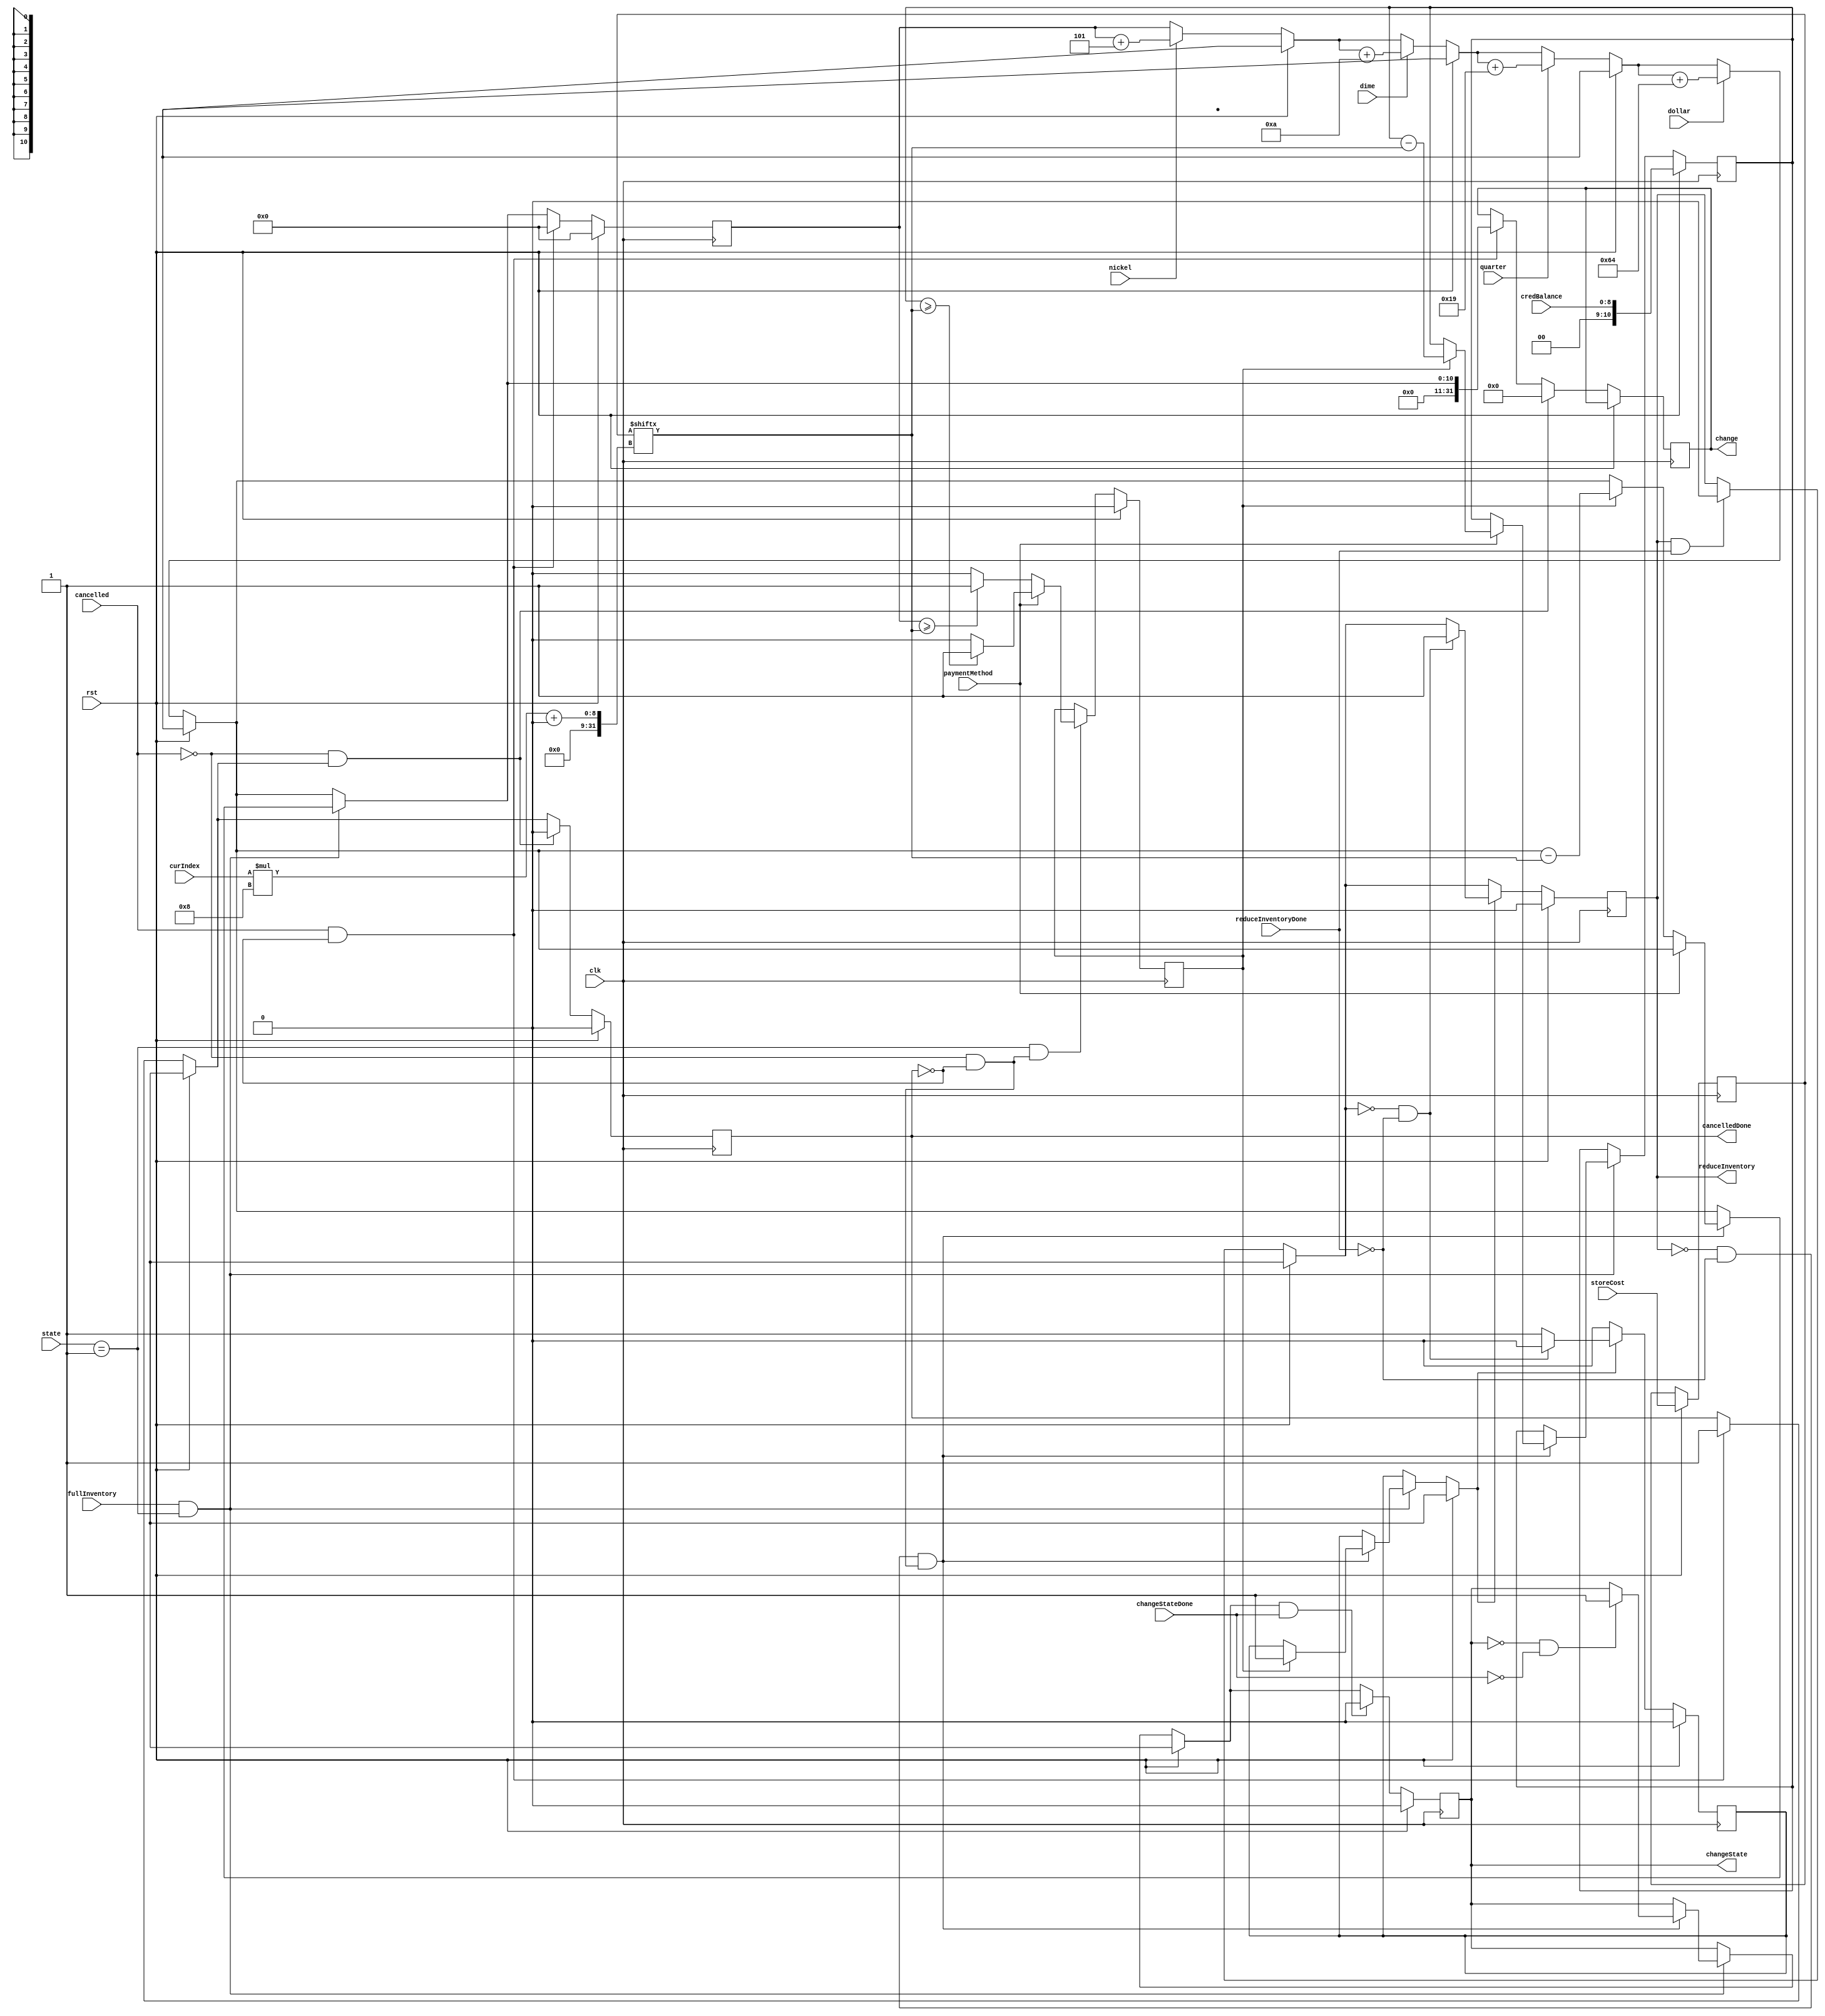
module addMoney(clk, rst, state, cancelled, paymentMethod, storeCost, curIndex, credBalance, dollar, quarter, dime, nickel, reduceInventoryDone, changeStateDone, fullInventory, reduceInventory, change, cancelledDone, changeState);

input clk;
input rst;
input [1:0] state;
input cancelled;
input paymentMethod;
input [63:0] storeCost;
input [3:0] curIndex;
input [8:0] credBalance;
input dollar, quarter, dime, nickel;
input reduceInventoryDone;

input changeStateDone;
input fullInventory;

output reg reduceInventory;
output reg [31:0] change;
output reg cancelledDone;

output reg changeState;

reg [10:0] newBalance;
reg [10:0] newCredit;
reg enoughMoney;

localparam num_items = 8;

reg dollar_o, quarter_o, dime_o, nickel_o;
reg [63:0] itemCost;

reg reduceInventoryFlag;

reg [3:0] prevIndex;		

// Non - Blocking
always @(posedge clk) begin

	if (rst) begin
		// Store item cost into register from scan flip flop
		itemCost <= storeCost;
		enoughMoney = 0;
	end else begin
		
		// Check money to see if there is enough to buy product
		if ((state == 2'b01) && (~cancelled && ~cancelledDone)) begin		// Not in state 3 and not in middle of cancelling a product
			if (~paymentMethod) begin		// cash payment
				if (newBalance >= itemCost[curIndex*8+:8]) begin
					enoughMoney <= 1;
				end else begin
					enoughMoney <= 0;
				end
			end else begin																	//  credit card payment
				if (newCredit >= itemCost[curIndex*8+:8]) begin
					enoughMoney <= 1;
				end else begin
					enoughMoney <= 0;
				end
			end
				
		end
	end
		
end

// Blocking
always @(posedge clk) begin	//state, rst, enoughMoney, cancelled, cancelledDone, reduceInventory, nickel_o, dime_o, quarter_o, dollar_o

	if (rst) begin
		// Store credit from company
		newCredit = credBalance;
		newBalance = 0;
		reduceInventory = 0;
		reduceInventoryFlag = 0;
		cancelledDone = 0;
		changeState = 0;
	end else begin
		
		// Coin balance adjust
		if (nickel)  newBalance = newBalance + 3'b101; 		// add 5 to money 
		if (dime) newBalance = newBalance + 4'b1010;  		// add 10 to money
		if (quarter) newBalance = newBalance + 5'b11001;		// add 25 to money
		if (dollar) newBalance = newBalance + 7'b1100100; 	// add 100 to money
		
		// Purchase product if specifications are reached
		if ((fullInventory) && (state == 2'b01)) begin	// inventory is full and state is not 11
			if ((~reduceInventory && ~reduceInventoryDone) && (~cancelled && ~cancelledDone)) begin	// Not in the middle of dispensing or cancelling a product
				if (~paymentMethod) begin		// cash payment
					if (enoughMoney) begin
						newBalance = newBalance - itemCost[curIndex*8+:8];
						reduceInventoryFlag = 1;
						$display("Product purchased with cash --> newBalance = %d", newBalance);
					end
				end else if (paymentMethod) begin						//  credit card payment
					if (enoughMoney) begin
						newCredit = newCredit - itemCost[curIndex*8+:8];
						reduceInventoryFlag = 1;
						$display("Product purchased with credit --> newCredit = %d", newCredit);
					end	
				end
				
				// Response and request communication to enable state change to 00 to select new product (1)
				if (~changeState && ~changeStateDone) begin
					changeState = 1;
				end
				
			end
			
		end
		
		// Response and request communication to enable dispensing of product (2)
			if (reduceInventory && reduceInventoryDone) begin
				reduceInventory = 0;
			end
		
		// Response and request communication to enable dispensing of product (1)
		if (reduceInventoryFlag) begin
			if (~reduceInventory && ~reduceInventoryDone) begin
				reduceInventory = 1;
				reduceInventoryFlag = 0;
			end
		end
	
		
		// Response and request communication to enable state change to 00 to select new product (2)
		if (changeState && changeStateDone) begin
			changeState = 0;
		end
		
		
		// Response and request communication for cancellation (1)
		if (cancelled && ~cancelledDone) begin
			change = newBalance;
			newBalance = 0;
			cancelledDone = 1;
		end
		
		// Response and request communication for cancellation (2)
		if (~cancelled && cancelledDone) begin
			cancelledDone = 0;
			change = 0;
		end
		
		
		$display("creditBalance: %d, newBalance: %d, itemCost: %d, current index: %d", newCredit, newBalance, itemCost[curIndex*8+:8], curIndex);
	end
end

endmodule